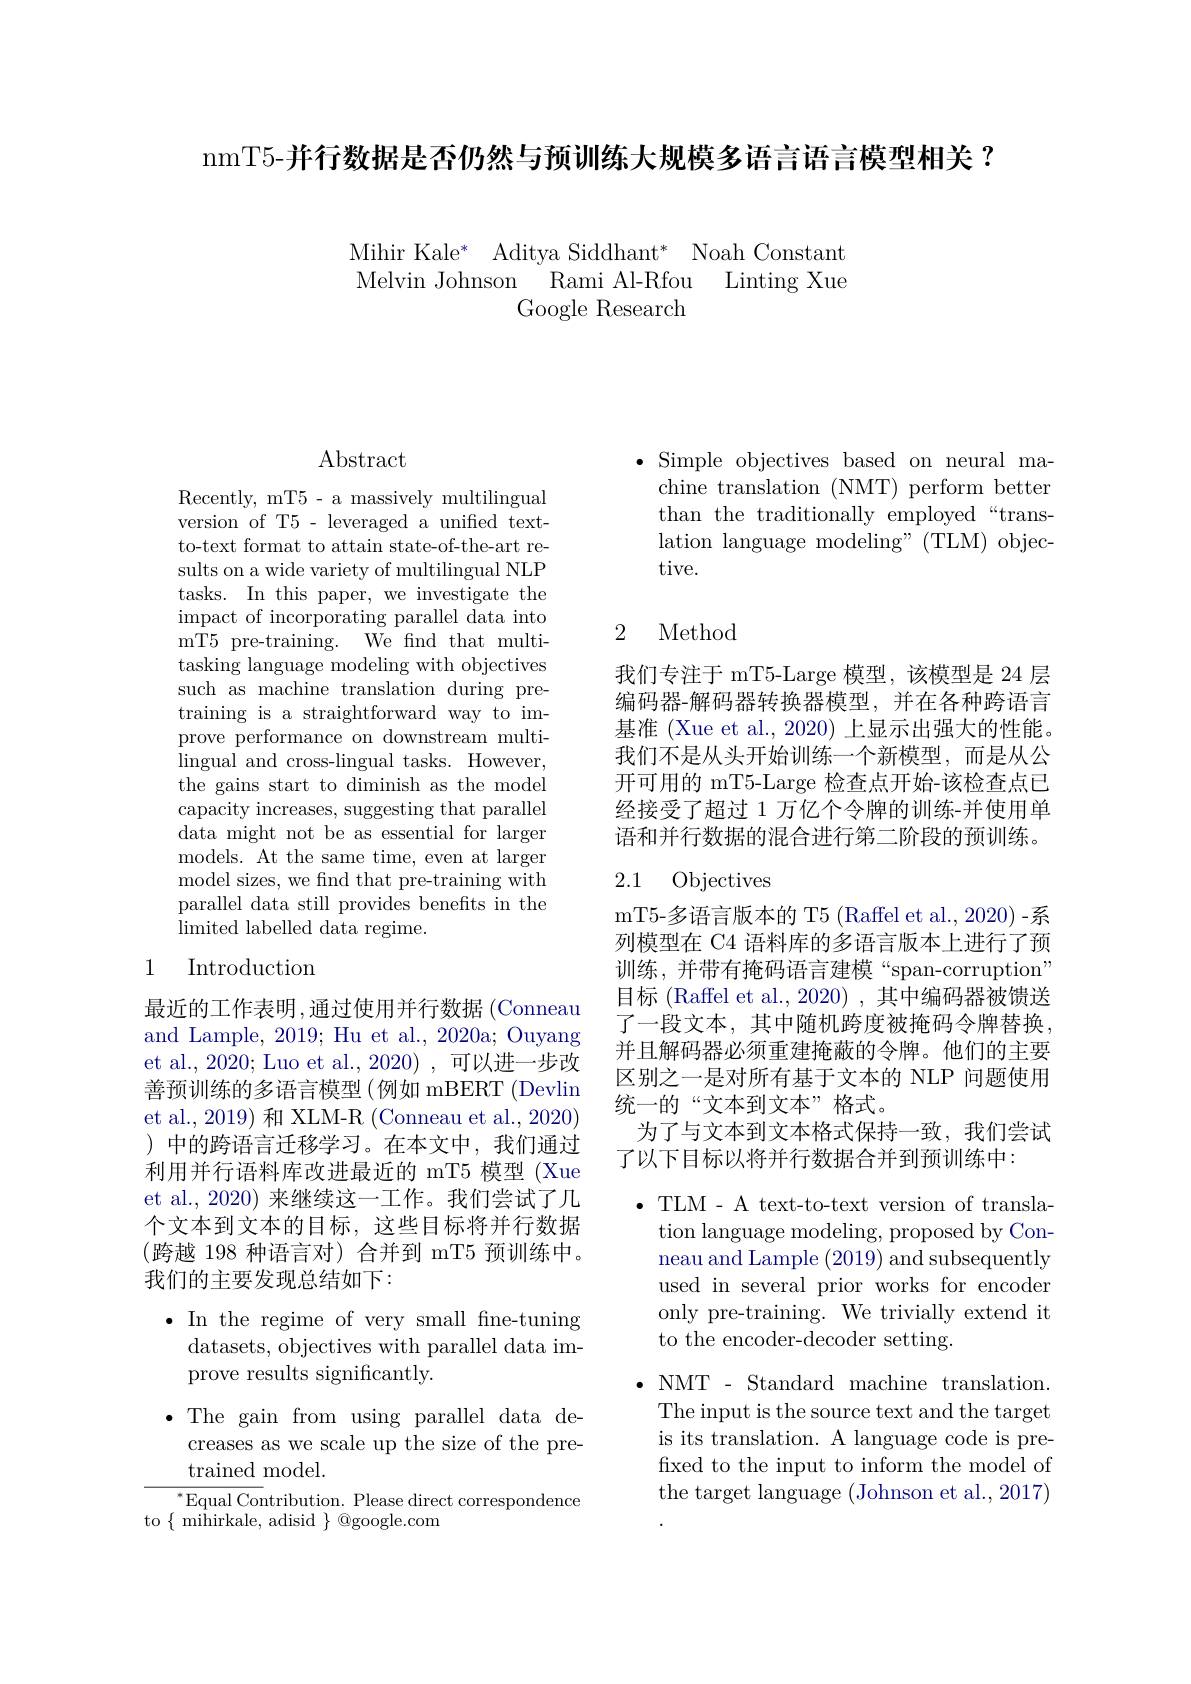
nmT5-并行数据是否仍然与预训练大规模多语言语言模型相关？

Mihir Kale* Aditya Siddhant* Noah Constant Melvin Johnson Rami Al-Rfou Linting Xue
Google Research

$\operatorname{Abstract}$

Recently, mT5- a massively multilingual version of T5 - leveraged a unified textto-text format to attain state-of-the-art results on a wide variety of multilingual NLP tasks. In this paper, we investigate the impact of incorporating parallel data into mT5 pre-training. We fnd that multitasking language modeling with objectives such as machine translation during pretraining is a straightforward way to improve performance on downstream multilingual and cross-lingual tasks. However, the gains start to diminish as the model capacity increases, suggesting that parallel data might not be as essential for larger models. At the same time, even at larger model sizes, we find that pre-training with parallel data still provides benefits in the limited labelled data regime.

### 1 Introduction

最近的工作表明，通过使用并行数据 (Conneau and Lample, 2019; Hu et al., 2020a; Ouyang et al., 2020; Luo et al., 2020) , 可以进一步改善预训练的多语言模型(例如 mBERT(Devlin et al., 2019) 和 XLM-R (Conneau et al., 2020) )中的跨语言迁移学习。在本文中，我们通过利用并行语料库改进最近的 mT5 模型 (Xue et al., 2020) 来继续这一工作。我们尝试了几个文本到文本的目标，这些目标将并行数据(跨越 198 种语言对)合并到 mT5 预训练中。我们的主要发现总结如下：

$\bullet$ In the regime of very small fne-tuning
datasets, objectives with parallel data im-
prove results significantly.
$\bullet$ The gain from using parallel data de-
creases as we scale up the size of the pre-
${\mathrm{trained~model}}.$
${^*\text{Equal Contribution. Please direct correspondence}}$
to$\{$mihirkale, adisid$\}$@google.com

$\bullet$ Simple objectives based on neural ma-
chine translation (NMT) perform better than the traditionally employed“translation language modeling" (TLM) objective.

## 2 Method

我们专注于 mT5-Large 模型，该模型是 24 层编码器-解码器转换器模型，并在各种跨语言基准 (Xue et al., 2020) 上显示出强大的性能。我们不是从头开始训练一个新模型，而是从公开可用的 mT5-Large 检查点开始-该检查点已经接受了超过 1 万亿个令牌的训练-并使用单语和并行数据的混合进行第二阶段的预训练。

### 2.1 Objectives

mT5-多语言版本的 T5 (Raffel et al., 2020) -系列模型在 C4 语料库的多语言版本上进行了预训练，并带有掩码语言建模“span-corruption” 目标 (Raffel et al., 2020) , 其中编码器被馈送了一段文本，其中随机跨度被掩码令牌替换， 并且解码器必须重建掩蔽的令牌。他们的主要区别之一是对所有基于文本的 NLP 问题使用统一的“文本到文本”格式。
为了与文本到文本格式保持一致，我们尝试
了以下目标以将并行数据合并到预训练中：

$\bullet$ TLM- A text-to-text version of transla-
tion language modeling, proposed by Conneau and Lample (2019) and subsequently used in several prior works for encoder only pre-training. We trivially extend it to the encoder-decoder setting.
$\bullet$ NMT - Standard machine translation.
The input is the source text and the target is its translation. A language code is prefixed to the input to inform the model of the target language (Johnson et al., 2017)